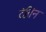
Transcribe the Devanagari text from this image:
दंतिन